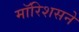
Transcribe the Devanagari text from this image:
मॉरिशसने